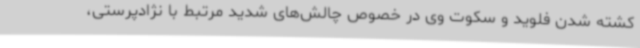
کشته شدن فلوید و سکوت وی در خصوص چالش‌های شدید مرتبط با نژادپرستی،